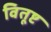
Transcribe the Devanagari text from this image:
वितूष्ट